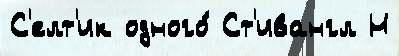
С'елт'ик одного́ Ст'ивангл Н